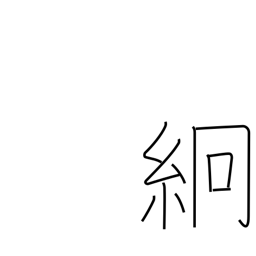
Meaning: thin silk